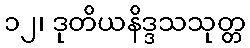
၁၂၊ ဒုတိယနိဒ္ဒသသုတ္တ